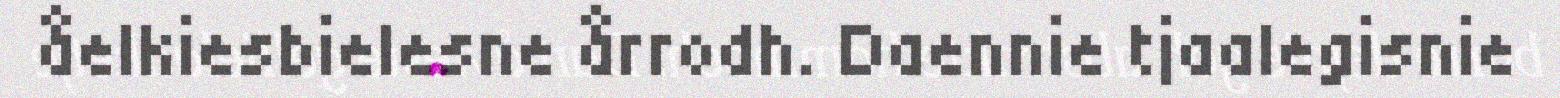
åelkiesbielesne årrodh. Daennie tjaalegisnie